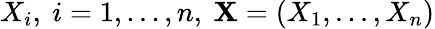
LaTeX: X_{i},\ i=1,...,n,\ \textbf{X}=(X_{1},...,X_{n})